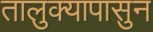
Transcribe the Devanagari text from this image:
तालुक्यापासुन